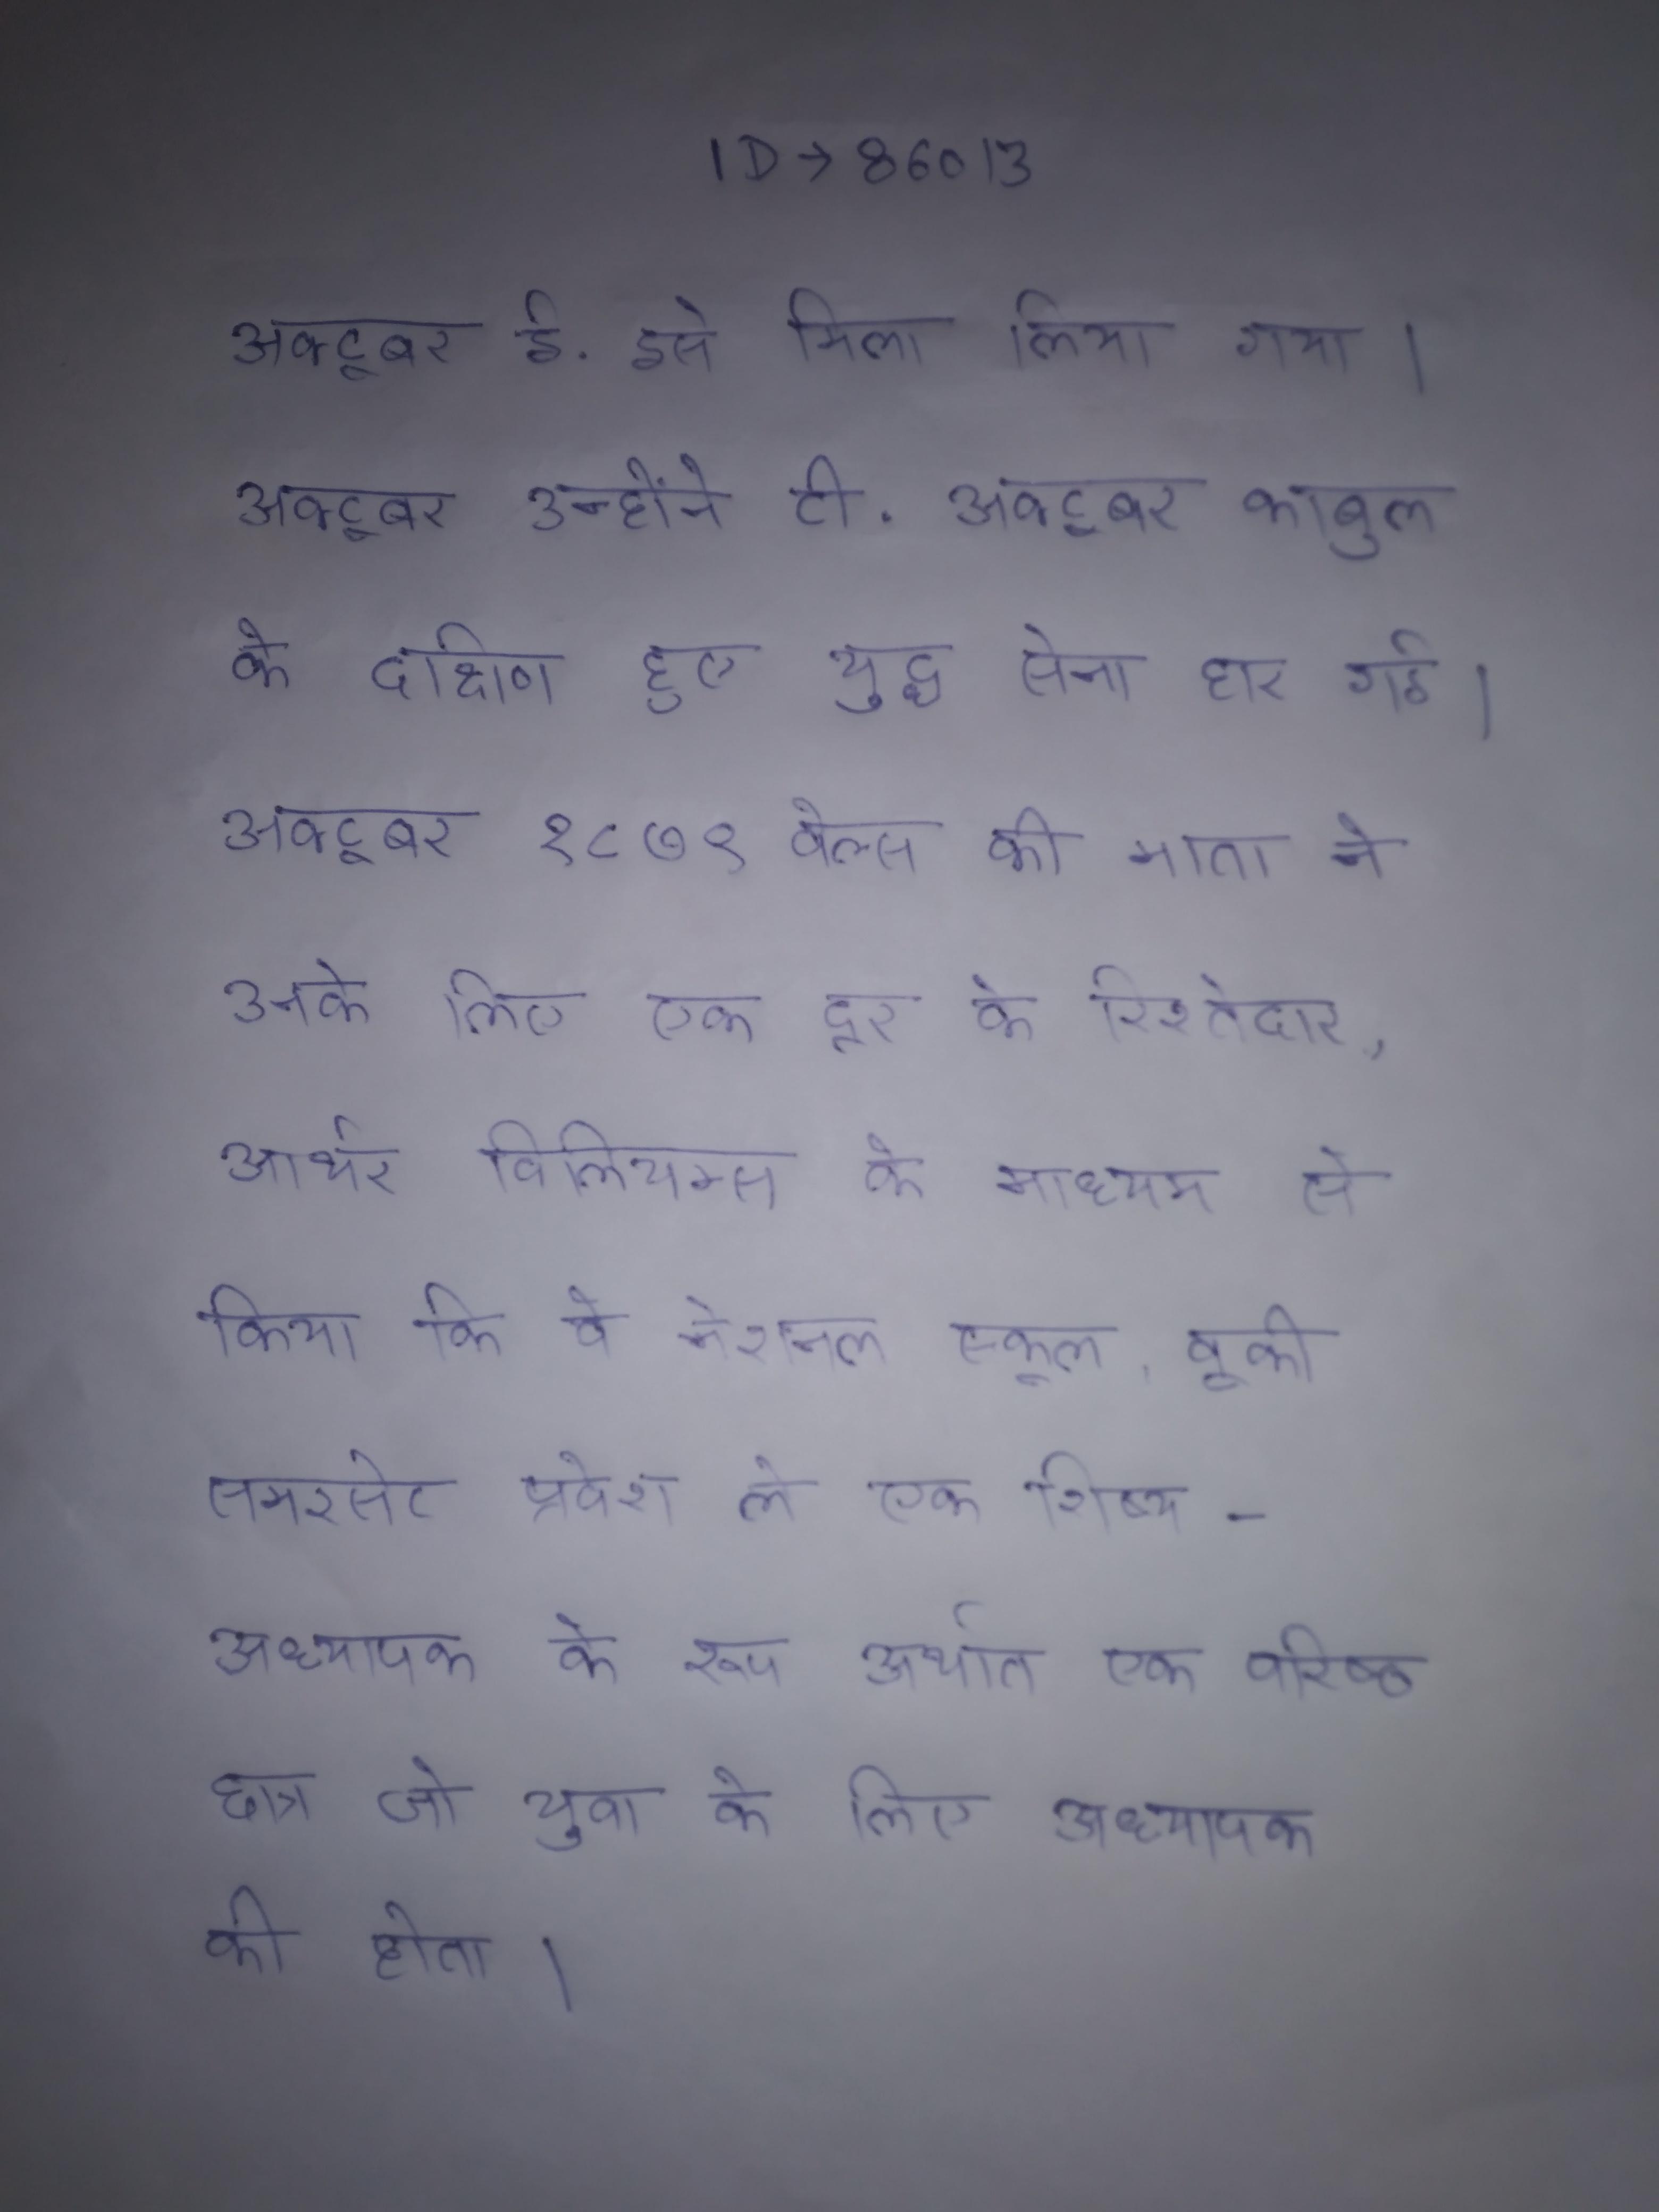
अक्टूबर ई. इसे मिला लिया गया । अक्टूबर उन्होने टी . अक्टूबर काबुल के दक्षिण हुए युद्ध सेना हार गई । अक्टूबर १८७९ वेल्स की माता ने उनके लिए एक दूर के रिश्तेदार, आर्थर विलियम्स के माध्यम से किया कि वे नेशनल स्कूल, वूकी समरसेट प्रवेश ले एक शिष्य-अध्यापक के रूप अर्थात एक वरिष्ठ छात्र जो युवा के लिए अध्यापक की होता ।